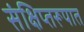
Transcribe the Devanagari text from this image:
संक्षिप्तरूपात